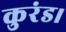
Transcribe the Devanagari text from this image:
कुरंड।